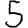
Digit: 5